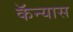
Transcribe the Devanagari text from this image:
कॅन्यास